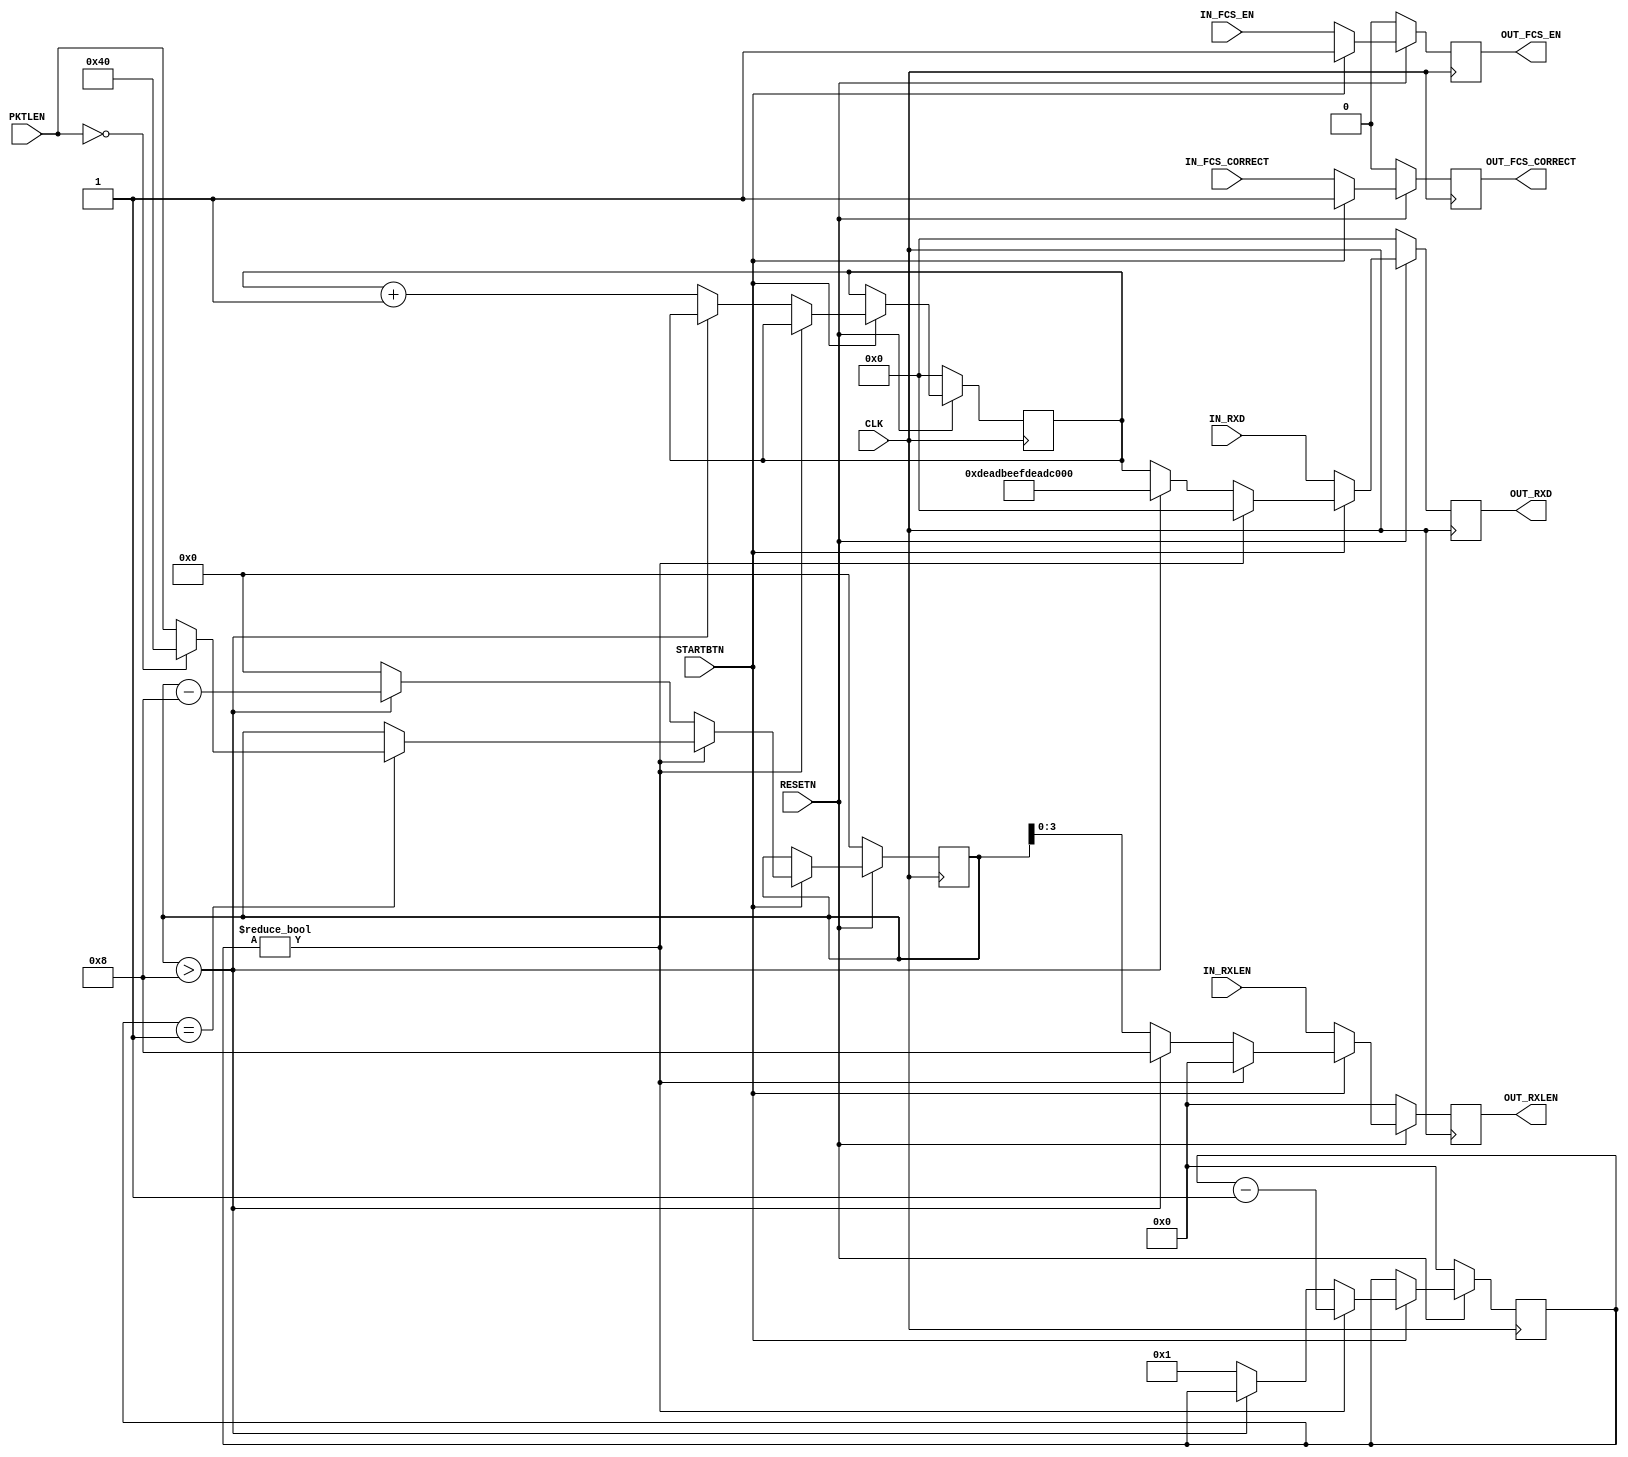

// Copyright (C) Akira Higuchi  ( https://github.com/ahiguti )
// Copyright (C) DeNA Co.,Ltd. ( https://dena.com )
// All rights reserved.
// See COPYRIGHT.txt for details

module testpat_rx(
input CLK,
input RESETN,
input STARTBTN,
input [15:0] PKTLEN,
input [63:0] IN_RXD,
input [3:0] IN_RXLEN,
input IN_FCS_EN,
input IN_FCS_CORRECT,
output [63:0] OUT_RXD,
output [3:0] OUT_RXLEN,
output OUT_FCS_EN,
output OUT_FCS_CORRECT
);

reg [63:0] rxd;
reg [3:0] rxlen;
reg fcs_en;
reg fcs_correct;
reg [15:0] len_rem;
reg [3:0] gap;
reg [63:0] cnt;

assign OUT_RXD = rxd;
assign OUT_RXLEN = rxlen;
assign OUT_FCS_EN = fcs_en;
assign OUT_FCS_CORRECT = fcs_correct;

always @(posedge CLK) begin
    if (!RESETN) begin
        rxd <= 0;
        rxlen <= 0;
        fcs_en <= 0;
        fcs_correct <= 0;
        len_rem <= 0;
        gap <= 0;
        cnt <= 0;
    end else begin
        rxd <= 0;
        rxlen <= 0;
        if (STARTBTN) begin
            if (gap != 0) begin
                gap <= gap - 1;
                if (gap == 1) begin
                    len_rem <= PKTLEN == 0 ? 64 : PKTLEN;
                end
            end else begin
                if (len_rem > 8) begin
                    len_rem <= len_rem - 8;
                    rxlen <= 8;
                    rxd <= 64'hdeadbeefdeadbeef;
                end else begin
                    len_rem <= 0;
                    rxlen <= len_rem;
                    rxd <= cnt;
                    cnt <= cnt + 1;
                    gap <= 1;
                end
            end
            fcs_en <= 1;
            fcs_correct <= 1;
        end else begin
            rxd <= IN_RXD;
            rxlen <= IN_RXLEN;
            fcs_en <= IN_FCS_EN;
            fcs_correct <= IN_FCS_CORRECT;
        end
    end
end


endmodule